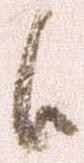
候